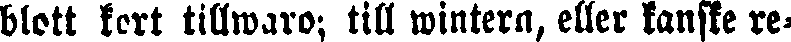
blott kort tillwaro; till wintera, eller kanske re-